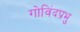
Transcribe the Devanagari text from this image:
गोविंदप्रभु